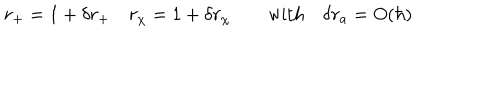
r _ { + } = 1 + \delta r _ { + } \quad r _ { \chi } = 1 + \delta r _ { \chi } \qquad \mathrm { w i t h } \quad \delta r _ { a } = O ( \hbar )